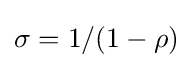
\sigma =1/(1-\rho )